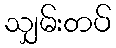
သျှမ်းတပ်